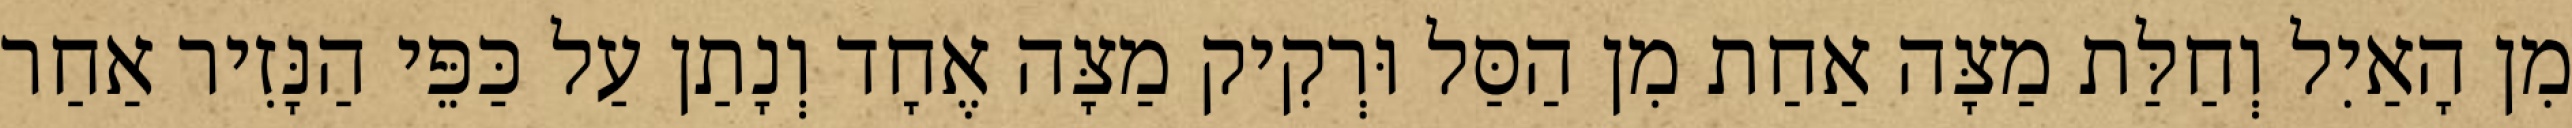
מִן הָאַיִל וְחַלַּת מַצָּה אַחַת מִן הַסַּל וּרְקִיק מַצָּה אֶחָד וְנָתַן עַל כַּפֵּי הַנָּזִיר אַחַר